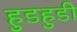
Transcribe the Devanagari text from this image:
हुडहुडी